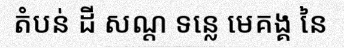
តំបន់ ដី សណ្ត ទន្លេ មេគង្គ នៃ